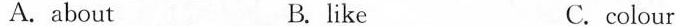
A. about B. like C.colour